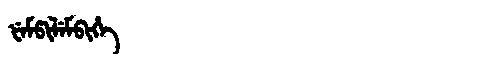
Manchu: ᡶᡝᠮᡦᡳᠯᡝᠮᠪᡳᡥᡝ
Romanization: FEMPILEMBIHE